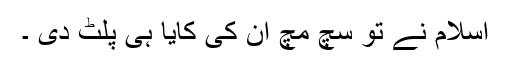
اسلام نے تو سچ مچ ان کی کایا ہی پلٹ دی ۔